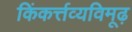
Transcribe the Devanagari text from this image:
किंकर्त्तव्यविमूढ़